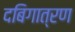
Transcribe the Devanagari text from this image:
दबिगात्रण